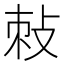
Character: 𭣯